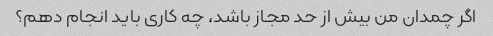
اگر چمدان من بیش از حد مجاز باشد، چه کاری باید انجام دهم؟